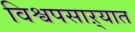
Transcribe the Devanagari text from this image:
विश्वपसाऱ्यात